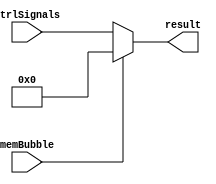
module st2_mux_flush(ctrlSignals, memBubble, result);

	input [15:0] ctrlSignals;
	input memBubble;
	output reg[15:0] result;


always @(*)
	begin
		if(memBubble == 0) 
			result = ctrlSignals;
		else
			result = 16'b0;
	end
endmodule